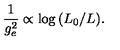
{ \frac { 1 } { g _ { e } ^ { 2 } } } \propto \log { ( L _ { 0 } / L ) } .